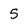
Character: 5